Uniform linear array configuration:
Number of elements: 4
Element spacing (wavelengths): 0.5
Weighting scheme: exponential
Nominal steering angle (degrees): -30
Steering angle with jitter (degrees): -31.814
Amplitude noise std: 0.05
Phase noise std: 0.05

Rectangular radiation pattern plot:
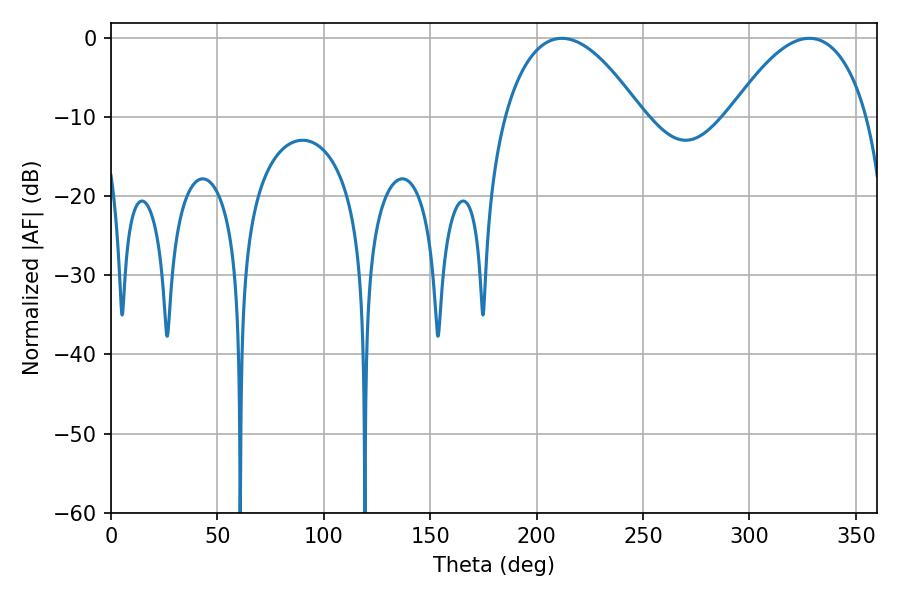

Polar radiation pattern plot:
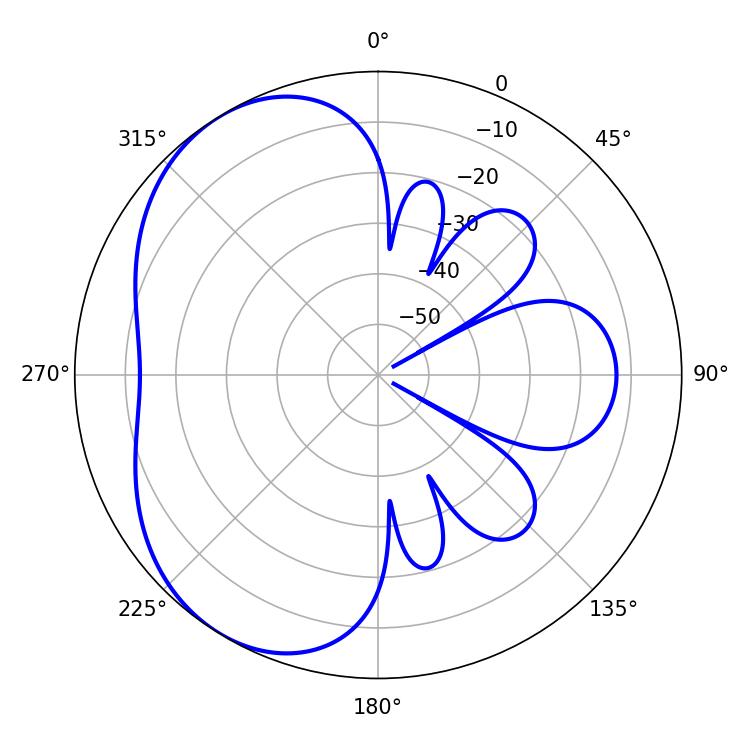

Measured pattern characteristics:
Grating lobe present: FALSE
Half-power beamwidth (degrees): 35.64
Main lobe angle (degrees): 328.14